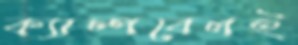
ক্যাম্পবেলই